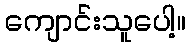
ကျောင်းသူပေါ့။